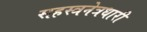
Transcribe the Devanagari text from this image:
सहस्त्रनेत्रधारी